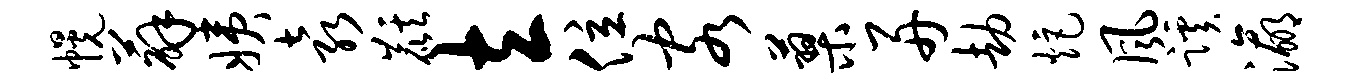
幌薜姨袁麒立位客蓼舟劫炬风蹊瀛